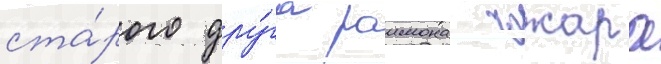
ста́рого дру́га раимона гожара